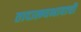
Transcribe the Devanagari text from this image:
तादात्म्यभावाची